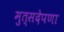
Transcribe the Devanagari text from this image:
मुत्सदेपणा